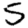
Digit: 5